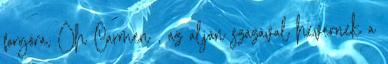
forgóra, Óh Carmen , az alján százával hevernek a